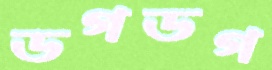
ডগডগ